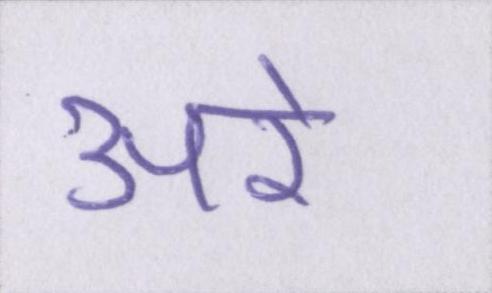
अरे